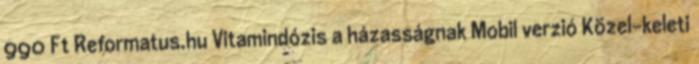
990 Ft Reformatus.hu Vitamindózis a házasságnak Mobil verzió Közel-keleti